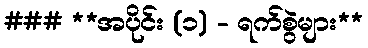
### **အပိုင်း (၁) - ရက်စွဲများ**